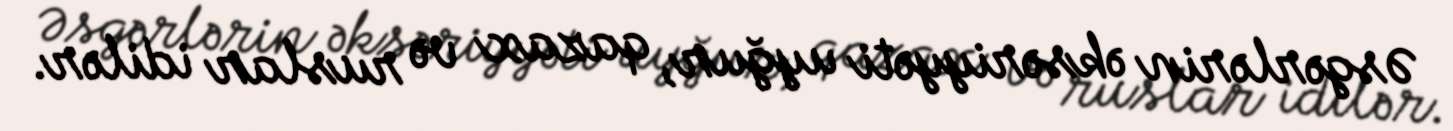
Əsgərlərin əksəriyyəti uyğur, qazax və ruslar idilər.